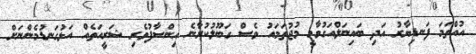
އުއްތަމަ ފަނޑިޔާރު އަދި ބައިނަލްއަގުވާމީ މުޖުތަމައު ވެސް ގަބޫލުކުރާނެ އިންސާފުވެރި ޝަރީއަތެއް އަޅުގަނޑުމެންނަށް